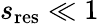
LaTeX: s_{\mathrm{res}}\ll 1